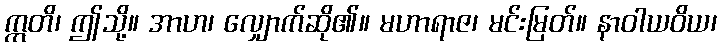
ဣတိ၊ ဤသို့။ အာဟ၊ လျှောက်ဆို၏။ မဟာရာဇ၊ မင်းမြတ်။ နာဝါယဝိယ၊